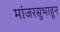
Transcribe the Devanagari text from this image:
मांजरसुभाहून